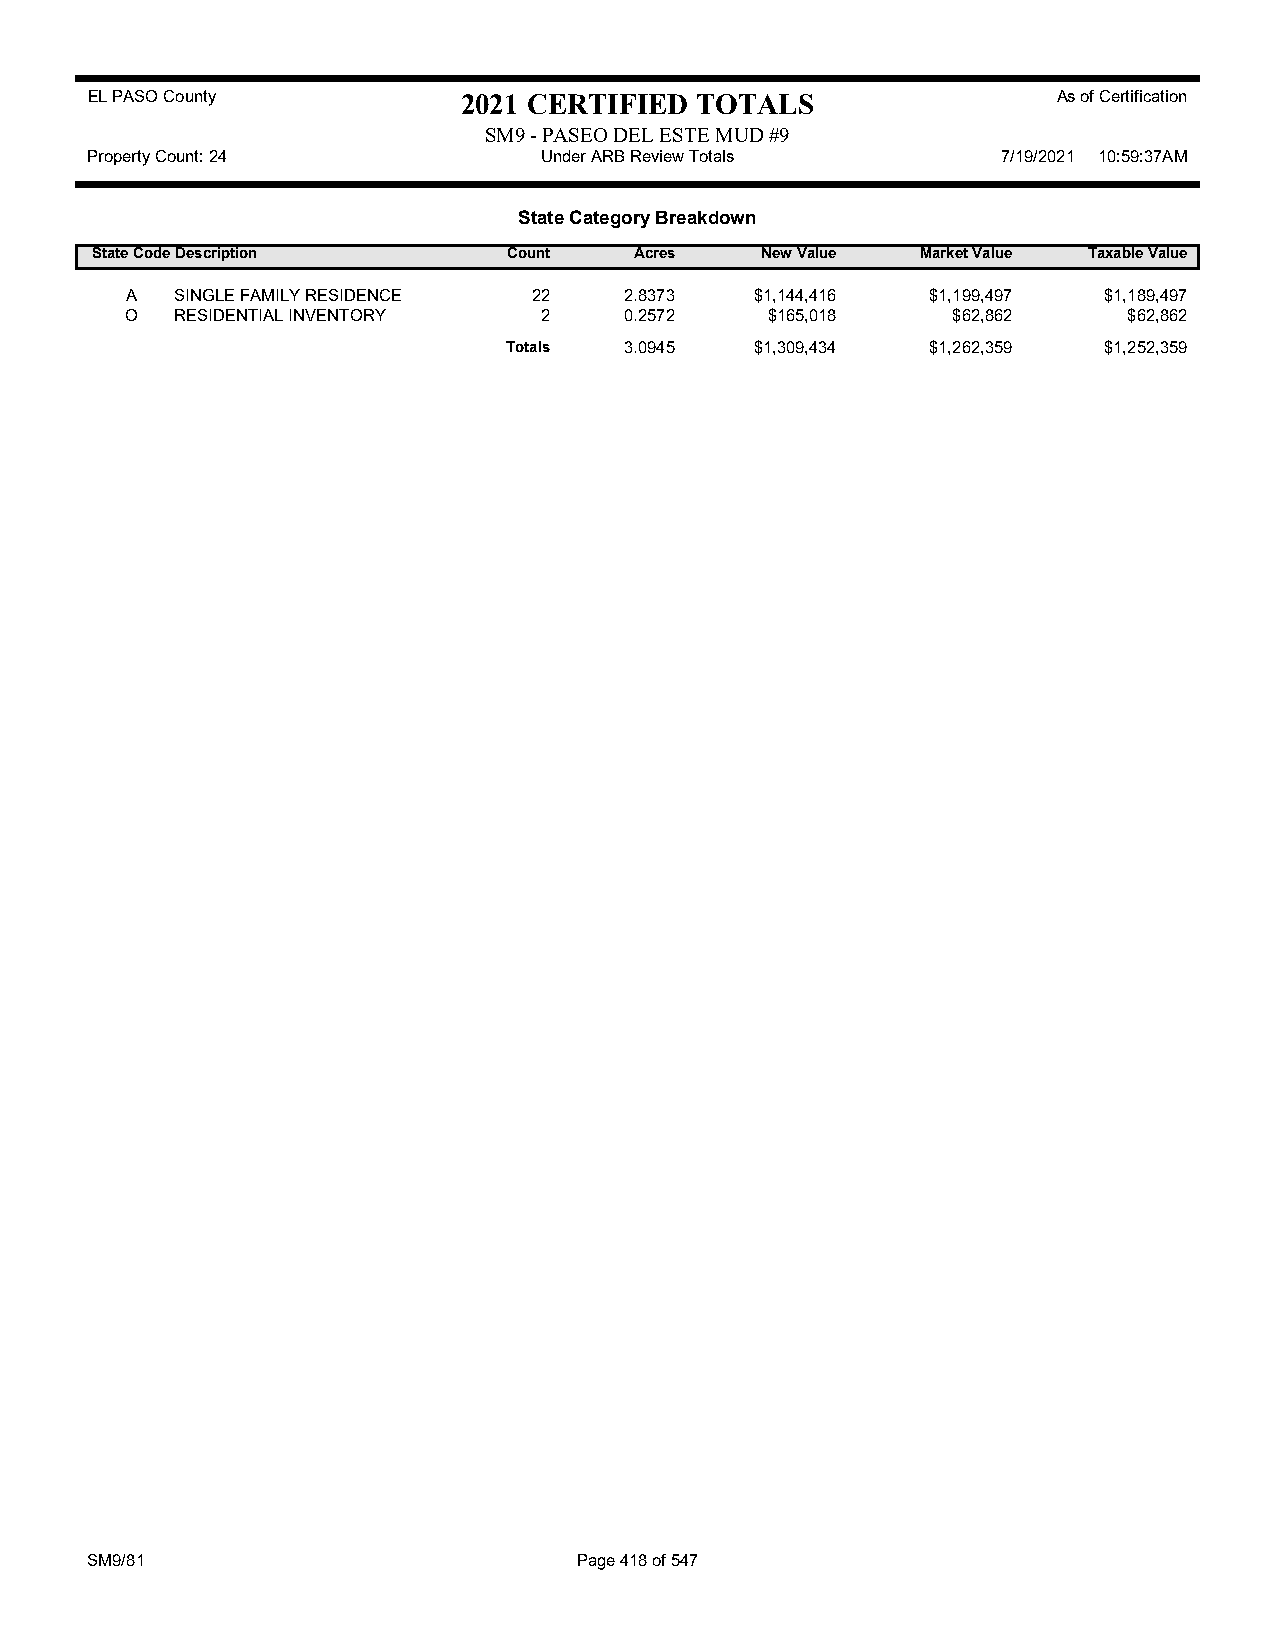
EL PASO County           2021 CERTIFIED TOTALS                  As of Certification
 SM9 - PASEO DEL ESTE MUD #9
 Property Count: 24            Under ARB Review Totals       7/19/2021 10:59:37AM
 State Category Breakdown
 State CodeDescription       Count   Acres   New Value  Market Value Taxable Value
 A   SINGLE FAMILY RESIDENCE 22   2.8373   $1,144,416  $1,199,497 $1,189,497
 O   RESIDENTIAL INVENTORY   2    0.2572    $165,018    $62,862     $62,862
 Totals 3.0945   $1,309,434  $1,262,359 $1,252,359
 SM9/81                          Page 418 of 547